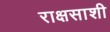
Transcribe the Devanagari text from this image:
राक्षसाशी